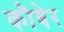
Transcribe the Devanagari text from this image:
कौबेर